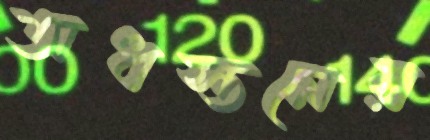
অধস্তনের